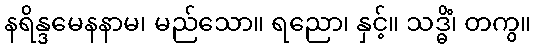
နရိန္ဒမေနနာမ၊ မည်သော။ ရညော၊ နှင့်။ သဒ္ဓိံ၊ တကွ။